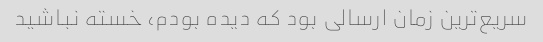
سریع‌ترین زمان ارسالی بود که دیده بودم، خسته نباشید